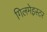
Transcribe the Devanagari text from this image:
गिलमेइस्टर